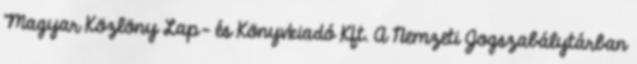
Magyar Közlöny Lap- és Könyvkiadó Kft. A Nemzeti Jogszabálytárban